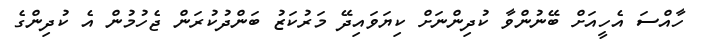
ހާއްސަ އެހީއަށް ބޭނުންވާ ކުދިންނަށް ކިޔަވައިދޭ މަރުކަޒު ބަންދުކުރަން ޖެހުމުން އެ ކުދިންގެ